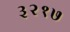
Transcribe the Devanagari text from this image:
३२१७